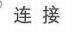
连接